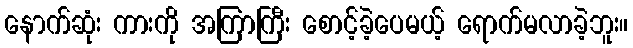
နောက်ဆုံး ကားကို အကြာကြီး စောင့်ခဲ့ပေမယ့် ရောက်မလာခဲ့ဘူး။